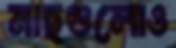
মাছগুলোও